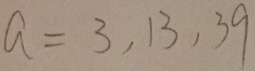
a = 3 , 1 3 , 3 9